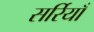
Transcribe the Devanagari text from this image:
सर्रियाँ